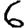
Digit: 6